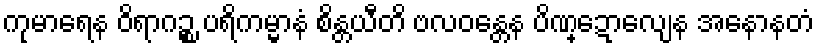
ကုမာရေန ဝိရာဂဉ္စ ပရိကမ္မာနံ စိန္တယီတိ ဗလဝန္တေန ပိဏ္ဍောလျေန အနောနတံ